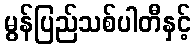
မွန်ပြည်သစ်ပါတီနှင့်